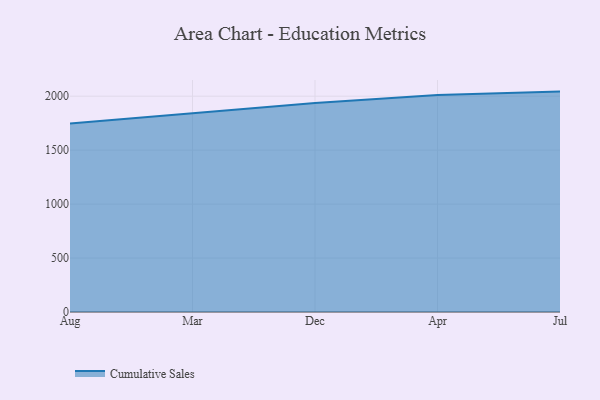
{"axis": {"x": "Month", "y": "Shipments"}, "legend": ["Cumulative Sales"], "data": [{"x": "Aug", "y": 1747.7, "type": "Cumulative Sales"}, {"x": "Mar", "y": 1845.1, "type": "Cumulative Sales"}, {"x": "Dec", "y": 1936.5, "type": "Cumulative Sales"}, {"x": "Apr", "y": 2010.7, "type": "Cumulative Sales"}, {"x": "Jul", "y": 2042.6, "type": "Cumulative Sales"}]}